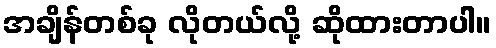
အချိန်တစ်ခု လိုတယ်လို့ ဆိုထားတာပါ။